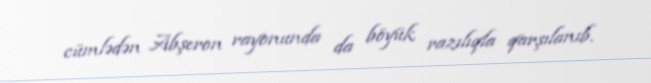
cümlədən Abşeron rayonunda da böyük razılıqla qarşılanıb.